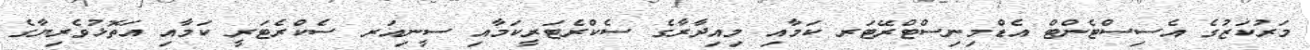
މަރުކަޒުގެ އެސިސްޓެންޓް އެޑްމިނިސްޓްރޭޓަރ ކަމާއި މިއިދާރާގެ ސެކްރެޓަރީކަމާއި ސީނިއަރ ސެކްރެޓަރީ ކަމާއި އަތޮޅުވެރިޔާގެ